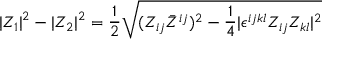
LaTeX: | Z _ { 1 } | ^ { 2 } - | Z _ { 2 } | ^ { 2 } = { \frac { 1 } { 2 } } \sqrt { ( Z _ { i j } \bar { Z } ^ { i j } ) ^ { 2 } - { \frac { 1 } { 4 } } | \epsilon ^ { i j k l } Z _ { i j } Z _ { k l } | ^ { 2 } }